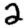
Digit: 2